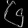
Digit: ၆